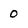
Character: 0